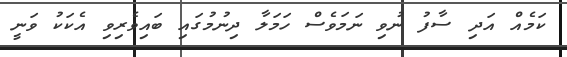
ކަމެއް އަދި ސާފު ނުވި ނަމަވެސް ހަމަލާ ދިނުމުގައި ބައިވެރިވި އެކަކު ވަނީ